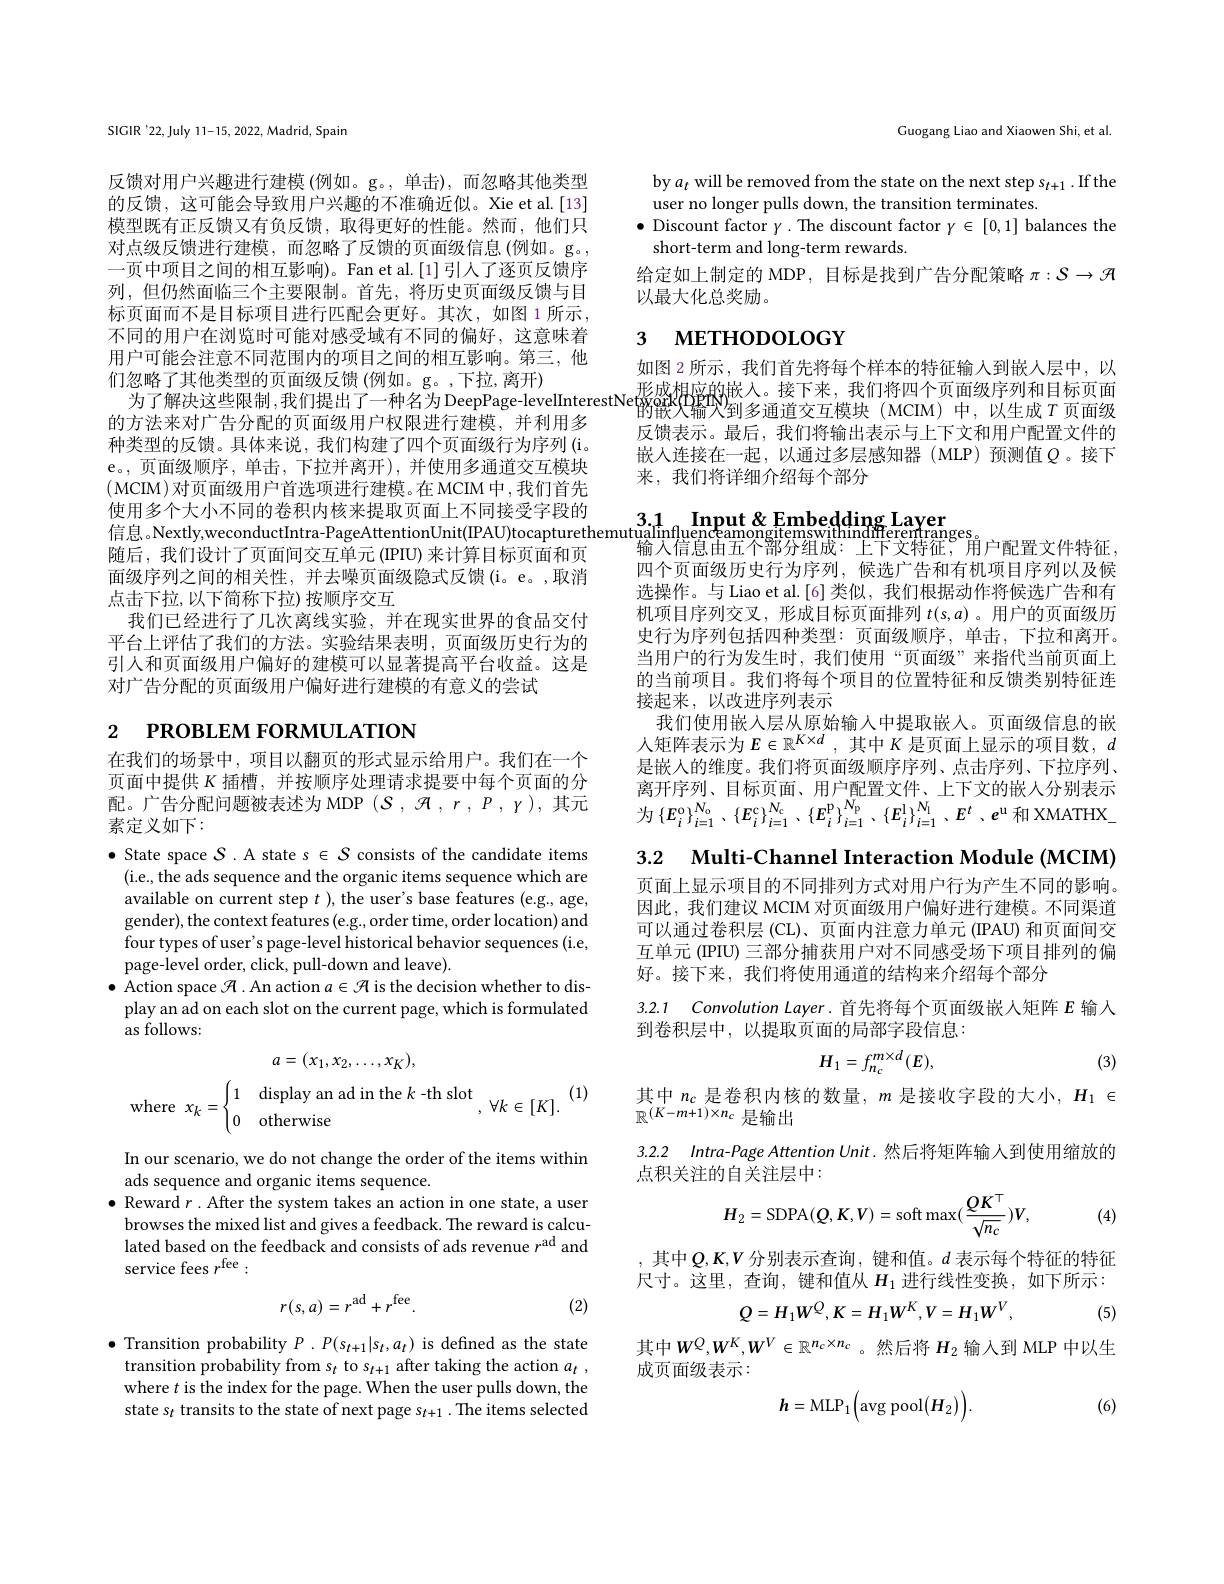
SIGIR'22, July 11-15, 2022, Madrid, Spain

反馈对用户兴趣进行建模 (例如。g。,单击),而忽略其他类型的反馈，这可能会导致用户兴趣的不准确近似。Xie et al.[13] 模型既有正反馈又有负反馈，取得更好的性能。然而，他们只对点级反馈进行建模，而忽略了反馈的页面级信息(例如。g。, 一页中项目之间的相互影响)。Fan et al.[1]引人了逐页反馈序列，但仍然面临三个主要限制。首先，将历史页面级反馈与目标页面而不是目标项目进行匹配会更好。其次，如图 1 所示， 不同的用户在浏览时可能对感受域有不同的偏好，这意味着用户可能会注意不同范围内的项目之间的相互影响。第三，他们忽略了其他类型的页面级反馈 (例如。g。,下拉，离开)
的方法来对广告分配的页面级用户权限进行建模，并利用多种类型的反馈。具体来说，我们构建了四个页面级行为序列(i。e。, 页面级顺序，单击，下拉并离开),并使用多通道交互模块(MCIM)对页面级用户首选项进行建模。在 MCIM 中，我们首先使用多个大小不同的卷积内核来提取页面上不同接受字段的信息。Nextly,weconductIntra-PageAttentionUnit(IPAU)tocapturethemutualinfluenceamongitemswithindffferentranges
随后，我们设计了页面间交互单元 (IPIU) 来计算目标页面和页面级序列之间的相关性，并去噪页面级隐式反馈(i。e。,取消点击下拉，以下简称下拉)按顺序交互
我们已经进行了几次离线实验，并在现实世界的食品交付平台上评估了我们的方法。实验结果表明，页面级历史行为的引人和页面级用户偏好的建模可以显著提高平台收益。这是对广告分配的页面级用户偏好进行建模的有意义的尝试
$_{2\:\text{РROВLЕМ FORMULATION}}$

在我们的场景中，项目以翻页的形式显示给用户。我们在一个页面中提供$K$插槽，并按顺序处理请求提要中每个页面的分配。广告分配问题被表述为 MDP $(\mathcal{S},\mathcal{H},r,P,\gamma)$,其元素定义如下：

$\bullet$ State space $S$ .A state s $\in S$ consists of the candidate items
(i.e., the ads sequence and the organic items sequence which are available on current step $t$ ), the user's base features (e.g., age, gender), the context features (e.g., order time, order location) and four types of user' s page-level historical behavior sequences (i.e, page-level order, click, pull-down and leave).
$\bullet$ Action space $\mathcal{H}$ .An action $a\in\mathcal{H}$ is the decision whether to dis-
play an ad on each slot on the current page, which is formulated
as follows:
$$a=(x_{1},x_{2},\ldots,x_{K}),$$
(1)

In our scenario, we do not change the order of the items within
ads sequence and organic items sequence.
$\bullet$ Reward $r.$ After the system takes an action in one state, a user
browses the mixed list and gives a feedback. The reward is calculated based on the feedback and consists of ads revenue $r^\mathrm{ad}$ and service fees $r^\mathrm{fee}:$
$$r(s,a)=r^{\mathrm{ad}}+r^{\mathrm{fee}}.$$
(2)

$\bullet$ Transition probability $P.P(s_{t+1}|s_{t},a_{t})$ is defined as the state
transition probability from $s_t$ to $s_t+1$ after taking the action $a_t$ , where $t$ is the index for the page. When the user pulls down, the state s$_t$ transits to the state of next page s$_t+1.$ The items selected

Guogang Liao and Xiaowen Shi, et al.

by $a_t$ will be removed from the state on the next step s$_t+1.$If the
user no longer pulls down, the transition terminates.
$\bullet$ Discount factor $\gamma.$ The discount factor $\gamma\in[0,1]$ balances the
short-term and long-term rewards.
给定如上制定的 MDP, 目标是找到广告分配策略$\pi:\mathcal{S}\to\mathcal{H}$
以最大化总奖励。

# 3 мЕТНОDOLOGY

如图 2 所示，我们首先将每个样本的特征输入到嵌人层中，以
总略」具他失型的贝固级及馈(例如。g。,卜业，离开) 为了解决这些限制，我们提出了一种名为 DeecpPage-levelInterestNewakBis的嵌人。接下来，我们将四个页面级序列和目标页面
的嵌入输火到多通道交互模块(MCIM)中，以生成$T$ 页面级反馈表示。最后，我们将输出表示与上下文和用户配置文件的嵌人连接在一起，以通过多层感知器(MLP)预测值$Q$。接下来，我们将详细介绍每个部分

3.1 Input&Embedding Laver

输入信息由五个部分组成：上下文特征；用户配置文件特征， 四个页面级历史行为序列，候选广告和有机项目序列以及候选操作。与 Liao et al.[6] 类似，我们根据动作将候选广告和有机项目序列交叉，形成目标页面排列$t(s,a)$ 。用户的页面级历史行为序列包括四种类型：页面级顺序，单击，下拉和离开。当用户的行为发生时，我们使用“页面级”来指代当前页面上的当前项目。我们将每个项目的位置特征和反馈类别特征连接起来，以改进序列表示
我们使用嵌入层从原始输人中提取嵌入。页面级信息的嵌人矩阵表示为$E\in\mathbb{R}^K\times d$ ,其中 $K$ 是页面上显示的项目数，$d$ 是嵌人的维度。我们将页面级顺序序列、点击序列、下拉序列、 离开序列、目标页面、用户配置文件、上下文的嵌人分别表示为$\left \{ E_{i}^{\mathrm{o} }\right \} _{i= 1}^{\mathrm{N_{\mathrm{o} }} }$ $, \left \{ E_{i}^{\mathrm{c} }\right \} _{i= 1}^{\mathrm{N_{\mathrm{c} }} }$ $, \left \{ E_{i}^{\mathrm{p} }\right \} _{i= 1}^{\mathrm{N_{\mathrm{p} }} }$ $, \left \{ E_{i}^{\mathrm{l} }\right \} _{i= 1}^{\mathrm{N_{\mathrm{l} }} }$ , $E^{t}$ , $e^{\mathrm{u} }$ 和 XMATHX\_

3.2 Multi-Channel Interaction Module (MCIM)

页面上显示项目的不同排列方式对用户行为产生不同的影响。因此，我们建议 MCIM 对页面级用户偏好进行建模。不同渠道可以通过卷积层 (CL)、页面内注意力单元 (IPAU) 和页面间交互单元 (IPIU) 三部分捕获用户对不同感受场下项目排列的偏好。接下来，我们将使用通道的结构来介绍每个部分

3.2.1 Convolution Layer. 首先将每个页面级嵌入矩阵$E$输入

到卷积层中，以提取页面的局部字段信息：
$$H_1=f_{n_c}^{m\times d}(E),$$
(3)

$\begin{array}{l}\text{其中 }n_c\text{ 是卷积内核的数量，}m\text{ 是接收字段的大小},H_1\in\\\mathbb{R}^{(K-m+1)\times n_c\text{ 是输出}}\end{array}$ 3.2.2 Intra-Page Attention Unit. 然后将矩阵输入到使用缩放的点积关注的自关注层中：

(4)
$$H_2=\mathrm{SDPA}(Q,K,V)=\mathrm{soft}\max(\frac{QK^\top}{\sqrt{n_c}})V,$$
, 其中$Q,K,V$分别表示查询，键和值。$d$ 表示每个特征的特征尺寸。这里，查询，键和值从$H_1$进行线性变换，如下所示：
$$Q=H_{1}W^{Q},K=H_{1}W^{K},V=H_{1}W^{V},$$
(5)

其中$W^Q,W^K,W^V\in\mathbb{R}^{n_c\times n_c}$。然后将 $H_2$ 输入到 MLP 中以生
成页面级表示：

(6)
$$\boldsymbol{h}=\mathrm{MLP}_{1}\Big(\mathrm{avg\:pool}(H_{2})\Big).$$